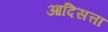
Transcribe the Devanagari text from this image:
आदिसत्ता